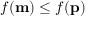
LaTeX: f ( \mathbf { m } ) \leq f ( \mathbf { p } )